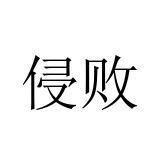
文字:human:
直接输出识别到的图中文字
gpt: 侵败